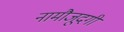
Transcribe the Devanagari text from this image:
नामौजूदगी